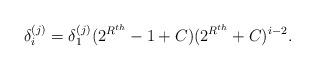
LaTeX: \begin{align*}\delta_{i}^{(j)}= \delta_{1}^{(j)} (2^{R^{th}}-1 + C) (2^{R^{th}}+ C)^{i-2}.\end{align*}